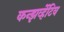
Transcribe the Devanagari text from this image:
कन्झर्व्हेटिव